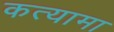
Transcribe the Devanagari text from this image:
कत्यामा